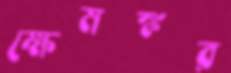
ক্ষেমঙ্কর